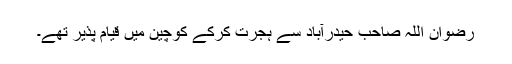
رضوان اللہ صاحب حیدرآباد سے ہجرت کرکے کوچین میں قیام پذیر تھے۔